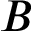
B